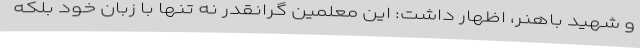
و شهید باهنر، اظهار داشت: این معلمین گرانقدر نه تنها با زبان خود بلکه